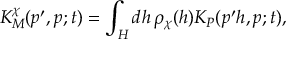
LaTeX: K _ { M } ^ { \chi } ( p ^ { \prime } , p ; t ) = \int _ { H } d h \, \rho _ { \chi } ( h ) K _ { P } ( p ^ { \prime } h , p ; t ) ,